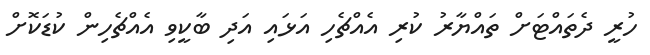
ހުރީ ދެތައްޓަށް ތައްޔާރު ކުރި އެއްޗެހި އަޅައި އަދި ބާކީވި އެއްޗެހިން ކުޑަކޮށް